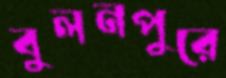
বুলনপুরে